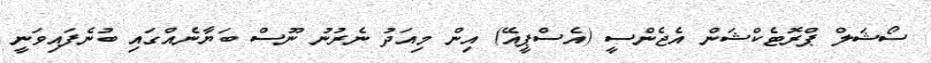
ސޯޝަލް ޕްރޮޓެކްޝަން އެޖެންސީ (އެސްޕީއޭ) އިން މިއަދު ނެރުނު ނޫސް ބަޔާނެއްގައި ބުނެފައިވަނީ